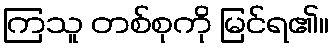
ကြသူ တစ်စုကို မြင်ရ၏။